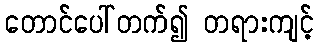
တောင်ပေါ်တက်၍ တရားကျင့်